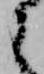
之